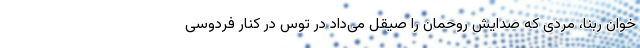
خوان ربنا، مردی که صدایش روحمان را صیقل می‌داد در توس در کنار فردوسی